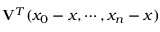
\mathbf { V } ^ { T } ( x _ { 0 } - x , \cdots , x _ { n } - x )